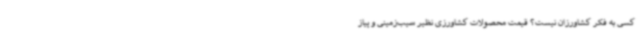
کسی به فکر کشاورزان نیست؟ قیمت محصولات کشاورزی نظیر سیب‌زمینی و پیاز